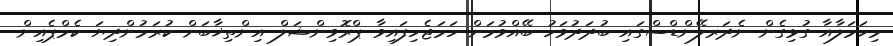
މިހަމަލާއާ ގުޅިގެން ނެދަރލޭންޑްސްގައި ބުދަދުވަހު ބޭއްވުމަށް ހަމަޖެހިފައިވާ ޕްރޮވިންޝަލް އިންތިޚާބަށް ކުރަމުންދިޔަ ކެމްޕެއިން